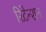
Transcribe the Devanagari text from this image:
रिटेन्शन